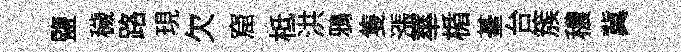
鹽穢路現欠窟柢洪鴉隻漲蕐楯䑓台簇穠冀